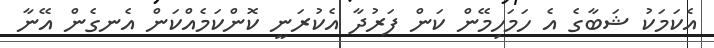
އެކަމަކު ޝަބާގެ އެ ހަމަހިމޭން ކަން ފަރުދާ އެކުރަނީ ކޮންކަމެއްކަން އެނގެން އޭނާ